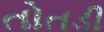
તોતડી